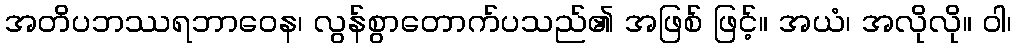
အတိပဘဿရဘာဝေန၊ လွန်စွာတောက်ပသည်၏ အဖြစ် ဖြင့်။ အယံ၊ အလိုလို။ ဝါ၊